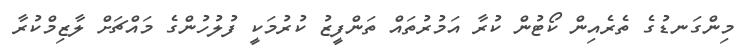
މިންގަނޑުގެ ތެރެއިން ކޯޓުން ކުރާ އަމުރުތައް ތަންފީޒު ކުރުމަކީ ފުލުހުންގެ މައްޗަށް ލާޒިމްކުރާ